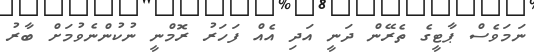
ނަމަވެސް ޕާޓީގެ ތެރޭން ދަނީ އަދި އެއް ފަހަރު ރޮމްނީ ނުކުންނެވުމަށް ބާރު